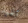
تلميذ